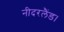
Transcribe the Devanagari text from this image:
नीदरलैंड।